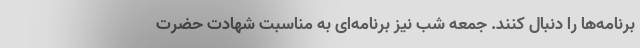
برنامه‌ها را دنبال کنند. جمعه شب نیز برنامه‌ای به مناسبت شهادت حضرت